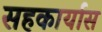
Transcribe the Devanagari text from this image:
सहकार्यास